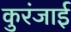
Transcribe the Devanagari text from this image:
कुरंजाई